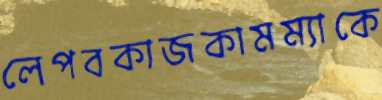
লেপবকাজকামম্যাকে